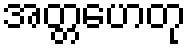
အတ္တဟေတု